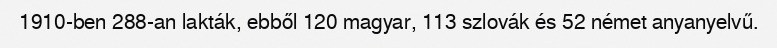
1910-ben 288-an lakták, ebből 120 magyar, 113 szlovák és 52 német anyanyelvű.